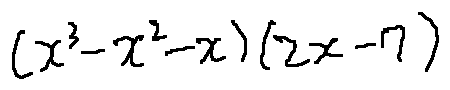
( x ^ { 3 } - x ^ { 2 } - x ) ( 2 x - 7 )